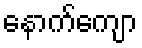
နောက်ကျော